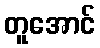
တူအောင်